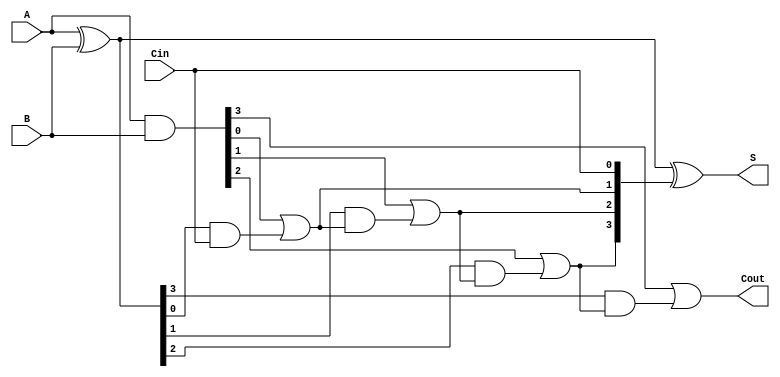
module CarryInLookaheadAdder #(parameter N = 4) (
    input  [N-1:0] A,      // First input binary number
    input  [N-1:0] B,      // Second input binary number
    input          Cin,     // Carry-in
    output [N-1:0] S,      // Sum output
    output         Cout      // Carry-out output
);
    wire [N-1:0] G;        // Generate signals
    wire [N-1:0] P;        // Propagate signals
    wire [N:0] C;          // Carry signals

    // Generate and Propagate calculations
    assign G = A & B;              // G[i] = A[i] & B[i]
    assign P = A ^ B;              // P[i] = A[i] ^ B[i]

    // Carry signal calculations
    assign C[0] = Cin;             // C[0] = Cin

    genvar i;
    generate
        for (i = 1; i <= N; i = i + 1) begin : carry_calc
            assign C[i] = G[i-1] | (P[i-1] & C[i-1]); // C[i] = G[i-1] + (P[i-1] * C[i-1])
        end
    endgenerate

    // Sum calculation
    assign S = P ^ C[N-1:0];       // S[i] = P[i] ^ C[i]

    // Carry-out output
    assign Cout = C[N];            // Cout = C[N]

endmodule